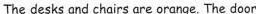
The desks and chairs are orange. The door